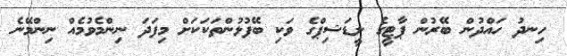
ހިނދު ހައްދުން ބޭރުން ޕާޓީގެ ލީޑަޝިޕްގެ ވަކި ބޭފުޅުންތަކަކަށް މިފަދަ ނިންމެވުމެއް ނިންމޭނެ